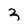
Character: 3